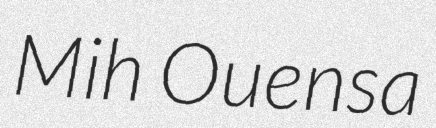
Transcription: Mih Ouensa